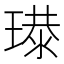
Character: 𤨶